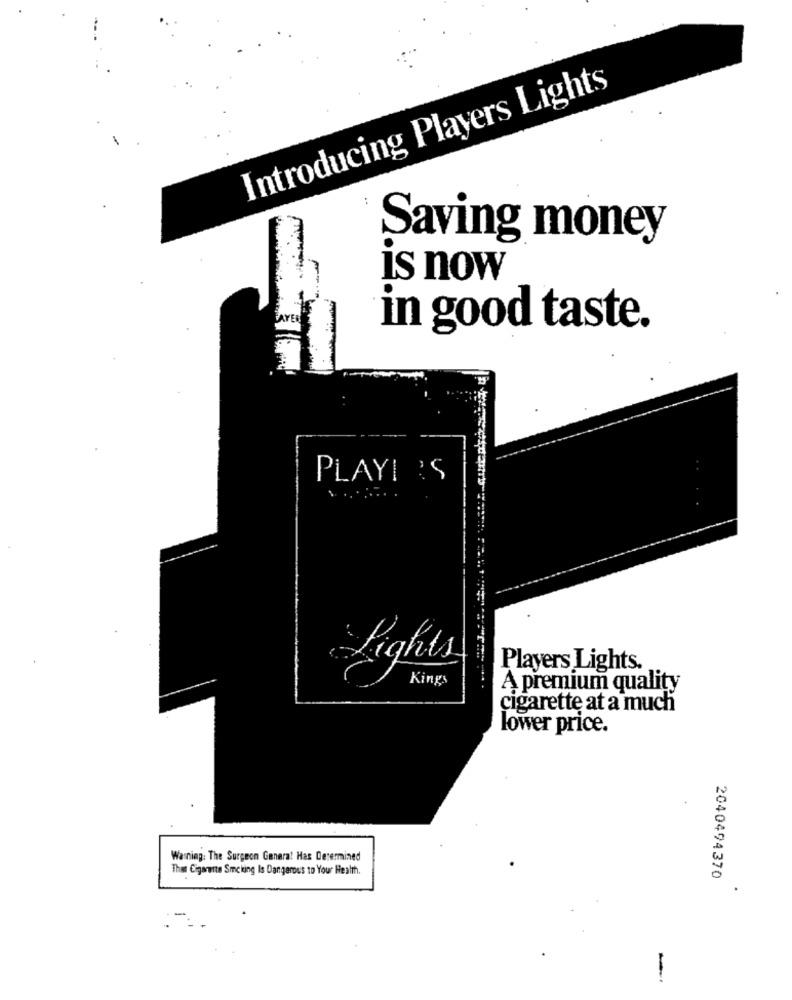
Introducing Players Lights
Saving money
is now
in good taste.
PLAYI 'S
Lights
Players Lights.
Kings
A premium quality
cigarette at a much
lower price.
Warning: The Surgeon Genera! Has Determined
That Cigarette Smoking Is Dangerous to Your Health.
2040494370
-